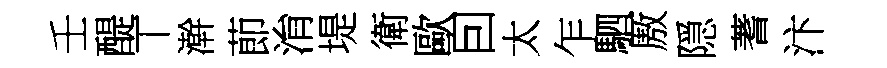
壬醍丅澣莭㳙堤衛歐囙太乍駟厫隠蓍汴